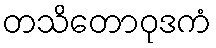
တသိတောဝုဒကံ